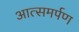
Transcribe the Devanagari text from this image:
आत्समर्पण